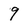
Character: 9